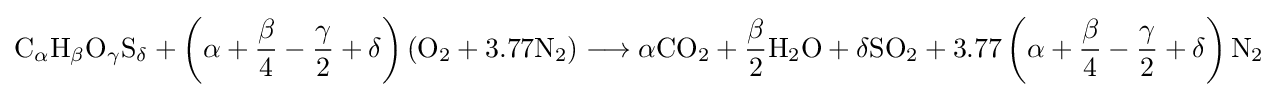
{\mathrm {C} {\vphantom {A}}_{\smash[{t}]{\mathit {\alpha }}}\mathrm {H} {\vphantom {A}}_{\smash[{t}]{\mathit {\beta }}}\mathrm {O} {\vphantom {A}}_{\smash[{t}]{\mathit {\gamma }}}\mathrm {S} {\vphantom {A}}_{\smash[{t}]{\mathit {\delta }}}}+\left(\alpha +{\frac {\beta }{4}}-{\frac {\gamma }{2}}+\delta \right)\left({\mathrm {O} {\vphantom {A}}_{\smash[{t}]{2}}}+3.77{\mathrm {N} {\vphantom {A}}_{\smash[{t}]{2}}}\right)\longrightarrow \alpha {\mathrm {CO} {\vphantom {A}}_{\smash[{t}]{2}}}+{\frac {\beta }{2}}{\mathrm {H} {\vphantom {A}}_{\smash[{t}]{2}}\mathrm {O} }+\delta {\mathrm {SO} {\vphantom {A}}_{\smash[{t}]{2}}}+3.77\left(\alpha +{\frac {\beta }{4}}-{\frac {\gamma }{2}}+\delta \right){\mathrm {N} {\vphantom {A}}_{\smash[{t}]{2}}}